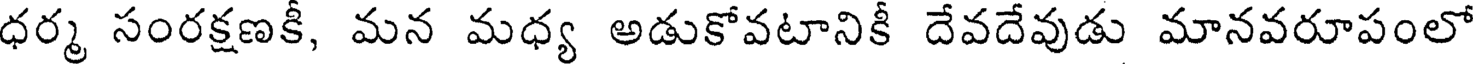
ధర్మ సంరక్షణకీ, మన మధ్య అడుకోవటానికీ దేవదేవుడు మానవరూపంలో